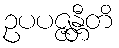
ဥပပဇ္ဇန္တီတိ